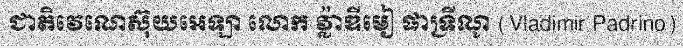
ជាតិវេណេស៊ុយអេឡា លោក វ្ល៉ាឌីមៀ ផាទ្រីណូ (Vladimir Padrino)